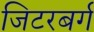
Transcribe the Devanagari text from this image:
जिटरबर्ग